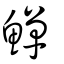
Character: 鱓